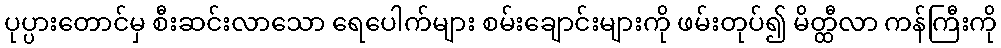
ပုပ္ပားတောင်မှ စီးဆင်းလာသော ရေပေါက်များ စမ်းချောင်းများကို ဖမ်းတုပ်၍ မိတ္ထီလာ ကန်ကြီးကို